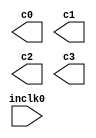
// megafunction wizard: %ALTPLL%VBB%
// GENERATION: STANDARD
// VERSION: WM1.0
// MODULE: altpll 

// ============================================================
// Megafunction Name(s):
// 			altpll
//
// Simulation Library Files(s):
// 			altera_mf
// ============================================================
// ************************************************************
// THIS IS A WIZARD-GENERATED FILE. DO NOT EDIT THIS FILE!
//
// 13.1.0 Build 162 10/23/2013 SJ Web Edition
// ************************************************************

//Copyright (C) 1991-2013 Altera Corporation
//Your use of Altera Corporation's design tools, logic functions 
//and other software and tools, and its AMPP partner logic 
//functions, and any output files from any of the foregoing 
//(including device programming or simulation files), and any 
//associated documentation or information are expressly subject 
//to the terms and conditions of the Altera Program License 
//Subscription Agreement, Altera MegaCore Function License 
//Agreement, or other applicable license agreement, including, 
//without limitation, that your use is for the sole purpose of 
//programming logic devices manufactured by Altera and sold by 
//Altera or its authorized distributors.  Please refer to the 
//applicable agreement for further details.

module pll (
	inclk0,
	c0,
	c1,
	c2,
	c3);

	input	  inclk0;
	output	  c0;
	output	  c1;
	output	  c2;
	output	  c3;

endmodule

// ============================================================
// CNX file retrieval info
// ============================================================
// Retrieval info: PRIVATE: ACTIVECLK_CHECK STRING "0"
// Retrieval info: PRIVATE: BANDWIDTH STRING "1.000"
// Retrieval info: PRIVATE: BANDWIDTH_FEATURE_ENABLED STRING "1"
// Retrieval info: PRIVATE: BANDWIDTH_FREQ_UNIT STRING "MHz"
// Retrieval info: PRIVATE: BANDWIDTH_PRESET STRING "Low"
// Retrieval info: PRIVATE: BANDWIDTH_USE_AUTO STRING "1"
// Retrieval info: PRIVATE: BANDWIDTH_USE_PRESET STRING "0"
// Retrieval info: PRIVATE: CLKBAD_SWITCHOVER_CHECK STRING "0"
// Retrieval info: PRIVATE: CLKLOSS_CHECK STRING "0"
// Retrieval info: PRIVATE: CLKSWITCH_CHECK STRING "0"
// Retrieval info: PRIVATE: CNX_NO_COMPENSATE_RADIO STRING "0"
// Retrieval info: PRIVATE: CREATE_CLKBAD_CHECK STRING "0"
// Retrieval info: PRIVATE: CREATE_INCLK1_CHECK STRING "0"
// Retrieval info: PRIVATE: CUR_DEDICATED_CLK STRING "c0"
// Retrieval info: PRIVATE: CUR_FBIN_CLK STRING "c0"
// Retrieval info: PRIVATE: DEVICE_SPEED_GRADE STRING "8"
// Retrieval info: PRIVATE: DIV_FACTOR0 NUMERIC "1"
// Retrieval info: PRIVATE: DIV_FACTOR1 NUMERIC "1"
// Retrieval info: PRIVATE: DIV_FACTOR2 NUMERIC "1"
// Retrieval info: PRIVATE: DIV_FACTOR3 NUMERIC "1"
// Retrieval info: PRIVATE: DUTY_CYCLE0 STRING "50.00000000"
// Retrieval info: PRIVATE: DUTY_CYCLE1 STRING "50.00000000"
// Retrieval info: PRIVATE: DUTY_CYCLE2 STRING "50.00000000"
// Retrieval info: PRIVATE: DUTY_CYCLE3 STRING "50.00000000"
// Retrieval info: PRIVATE: EFF_OUTPUT_FREQ_VALUE0 STRING "48.000000"
// Retrieval info: PRIVATE: EFF_OUTPUT_FREQ_VALUE1 STRING "8.000000"
// Retrieval info: PRIVATE: EFF_OUTPUT_FREQ_VALUE2 STRING "192.000000"
// Retrieval info: PRIVATE: EFF_OUTPUT_FREQ_VALUE3 STRING "240.000000"
// Retrieval info: PRIVATE: EXPLICIT_SWITCHOVER_COUNTER STRING "0"
// Retrieval info: PRIVATE: EXT_FEEDBACK_RADIO STRING "0"
// Retrieval info: PRIVATE: GLOCKED_COUNTER_EDIT_CHANGED STRING "1"
// Retrieval info: PRIVATE: GLOCKED_FEATURE_ENABLED STRING "0"
// Retrieval info: PRIVATE: GLOCKED_MODE_CHECK STRING "0"
// Retrieval info: PRIVATE: GLOCK_COUNTER_EDIT NUMERIC "1048575"
// Retrieval info: PRIVATE: HAS_MANUAL_SWITCHOVER STRING "1"
// Retrieval info: PRIVATE: INCLK0_FREQ_EDIT STRING "24.000"
// Retrieval info: PRIVATE: INCLK0_FREQ_UNIT_COMBO STRING "MHz"
// Retrieval info: PRIVATE: INCLK1_FREQ_EDIT STRING "100.000"
// Retrieval info: PRIVATE: INCLK1_FREQ_EDIT_CHANGED STRING "1"
// Retrieval info: PRIVATE: INCLK1_FREQ_UNIT_CHANGED STRING "1"
// Retrieval info: PRIVATE: INCLK1_FREQ_UNIT_COMBO STRING "MHz"
// Retrieval info: PRIVATE: INTENDED_DEVICE_FAMILY STRING "Cyclone III"
// Retrieval info: PRIVATE: INT_FEEDBACK__MODE_RADIO STRING "1"
// Retrieval info: PRIVATE: LOCKED_OUTPUT_CHECK STRING "0"
// Retrieval info: PRIVATE: LONG_SCAN_RADIO STRING "1"
// Retrieval info: PRIVATE: LVDS_MODE_DATA_RATE STRING "Not Available"
// Retrieval info: PRIVATE: LVDS_MODE_DATA_RATE_DIRTY NUMERIC "0"
// Retrieval info: PRIVATE: LVDS_PHASE_SHIFT_UNIT0 STRING "deg"
// Retrieval info: PRIVATE: LVDS_PHASE_SHIFT_UNIT1 STRING "ps"
// Retrieval info: PRIVATE: LVDS_PHASE_SHIFT_UNIT2 STRING "ps"
// Retrieval info: PRIVATE: LVDS_PHASE_SHIFT_UNIT3 STRING "ps"
// Retrieval info: PRIVATE: MIG_DEVICE_SPEED_GRADE STRING "Any"
// Retrieval info: PRIVATE: MIRROR_CLK0 STRING "0"
// Retrieval info: PRIVATE: MIRROR_CLK1 STRING "0"
// Retrieval info: PRIVATE: MIRROR_CLK2 STRING "0"
// Retrieval info: PRIVATE: MIRROR_CLK3 STRING "0"
// Retrieval info: PRIVATE: MULT_FACTOR0 NUMERIC "1"
// Retrieval info: PRIVATE: MULT_FACTOR1 NUMERIC "1"
// Retrieval info: PRIVATE: MULT_FACTOR2 NUMERIC "1"
// Retrieval info: PRIVATE: MULT_FACTOR3 NUMERIC "1"
// Retrieval info: PRIVATE: NORMAL_MODE_RADIO STRING "1"
// Retrieval info: PRIVATE: OUTPUT_FREQ0 STRING "48.00000000"
// Retrieval info: PRIVATE: OUTPUT_FREQ1 STRING "8.00000000"
// Retrieval info: PRIVATE: OUTPUT_FREQ2 STRING "192.00000000"
// Retrieval info: PRIVATE: OUTPUT_FREQ3 STRING "240.00000000"
// Retrieval info: PRIVATE: OUTPUT_FREQ_MODE0 STRING "1"
// Retrieval info: PRIVATE: OUTPUT_FREQ_MODE1 STRING "1"
// Retrieval info: PRIVATE: OUTPUT_FREQ_MODE2 STRING "1"
// Retrieval info: PRIVATE: OUTPUT_FREQ_MODE3 STRING "1"
// Retrieval info: PRIVATE: OUTPUT_FREQ_UNIT0 STRING "MHz"
// Retrieval info: PRIVATE: OUTPUT_FREQ_UNIT1 STRING "MHz"
// Retrieval info: PRIVATE: OUTPUT_FREQ_UNIT2 STRING "MHz"
// Retrieval info: PRIVATE: OUTPUT_FREQ_UNIT3 STRING "MHz"
// Retrieval info: PRIVATE: PHASE_RECONFIG_FEATURE_ENABLED STRING "1"
// Retrieval info: PRIVATE: PHASE_RECONFIG_INPUTS_CHECK STRING "0"
// Retrieval info: PRIVATE: PHASE_SHIFT0 STRING "0.00000000"
// Retrieval info: PRIVATE: PHASE_SHIFT1 STRING "0.00000000"
// Retrieval info: PRIVATE: PHASE_SHIFT2 STRING "0.00000000"
// Retrieval info: PRIVATE: PHASE_SHIFT3 STRING "0.00000000"
// Retrieval info: PRIVATE: PHASE_SHIFT_STEP_ENABLED_CHECK STRING "0"
// Retrieval info: PRIVATE: PHASE_SHIFT_UNIT0 STRING "deg"
// Retrieval info: PRIVATE: PHASE_SHIFT_UNIT1 STRING "ps"
// Retrieval info: PRIVATE: PHASE_SHIFT_UNIT2 STRING "ps"
// Retrieval info: PRIVATE: PHASE_SHIFT_UNIT3 STRING "ps"
// Retrieval info: PRIVATE: PLL_ADVANCED_PARAM_CHECK STRING "0"
// Retrieval info: PRIVATE: PLL_ARESET_CHECK STRING "0"
// Retrieval info: PRIVATE: PLL_AUTOPLL_CHECK NUMERIC "1"
// Retrieval info: PRIVATE: PLL_ENHPLL_CHECK NUMERIC "0"
// Retrieval info: PRIVATE: PLL_FASTPLL_CHECK NUMERIC "0"
// Retrieval info: PRIVATE: PLL_FBMIMIC_CHECK STRING "0"
// Retrieval info: PRIVATE: PLL_LVDS_PLL_CHECK NUMERIC "0"
// Retrieval info: PRIVATE: PLL_PFDENA_CHECK STRING "0"
// Retrieval info: PRIVATE: PLL_TARGET_HARCOPY_CHECK NUMERIC "0"
// Retrieval info: PRIVATE: PRIMARY_CLK_COMBO STRING "inclk0"
// Retrieval info: PRIVATE: RECONFIG_FILE STRING "pll.mif"
// Retrieval info: PRIVATE: SACN_INPUTS_CHECK STRING "0"
// Retrieval info: PRIVATE: SCAN_FEATURE_ENABLED STRING "1"
// Retrieval info: PRIVATE: SELF_RESET_LOCK_LOSS STRING "0"
// Retrieval info: PRIVATE: SHORT_SCAN_RADIO STRING "0"
// Retrieval info: PRIVATE: SPREAD_FEATURE_ENABLED STRING "0"
// Retrieval info: PRIVATE: SPREAD_FREQ STRING "50.000"
// Retrieval info: PRIVATE: SPREAD_FREQ_UNIT STRING "KHz"
// Retrieval info: PRIVATE: SPREAD_PERCENT STRING "0.500"
// Retrieval info: PRIVATE: SPREAD_USE STRING "0"
// Retrieval info: PRIVATE: SRC_SYNCH_COMP_RADIO STRING "0"
// Retrieval info: PRIVATE: STICKY_CLK0 STRING "1"
// Retrieval info: PRIVATE: STICKY_CLK1 STRING "1"
// Retrieval info: PRIVATE: STICKY_CLK2 STRING "1"
// Retrieval info: PRIVATE: STICKY_CLK3 STRING "1"
// Retrieval info: PRIVATE: SWITCHOVER_COUNT_EDIT NUMERIC "1"
// Retrieval info: PRIVATE: SWITCHOVER_FEATURE_ENABLED STRING "1"
// Retrieval info: PRIVATE: SYNTH_WRAPPER_GEN_POSTFIX STRING "0"
// Retrieval info: PRIVATE: USE_CLK0 STRING "1"
// Retrieval info: PRIVATE: USE_CLK1 STRING "1"
// Retrieval info: PRIVATE: USE_CLK2 STRING "1"
// Retrieval info: PRIVATE: USE_CLK3 STRING "1"
// Retrieval info: PRIVATE: USE_CLKENA0 STRING "0"
// Retrieval info: PRIVATE: USE_CLKENA1 STRING "0"
// Retrieval info: PRIVATE: USE_CLKENA2 STRING "0"
// Retrieval info: PRIVATE: USE_CLKENA3 STRING "0"
// Retrieval info: PRIVATE: USE_MIL_SPEED_GRADE NUMERIC "0"
// Retrieval info: PRIVATE: ZERO_DELAY_RADIO STRING "0"
// Retrieval info: LIBRARY: altera_mf altera_mf.altera_mf_components.all
// Retrieval info: CONSTANT: BANDWIDTH_TYPE STRING "AUTO"
// Retrieval info: CONSTANT: CLK0_DIVIDE_BY NUMERIC "1"
// Retrieval info: CONSTANT: CLK0_DUTY_CYCLE NUMERIC "50"
// Retrieval info: CONSTANT: CLK0_MULTIPLY_BY NUMERIC "2"
// Retrieval info: CONSTANT: CLK0_PHASE_SHIFT STRING "0"
// Retrieval info: CONSTANT: CLK1_DIVIDE_BY NUMERIC "3"
// Retrieval info: CONSTANT: CLK1_DUTY_CYCLE NUMERIC "50"
// Retrieval info: CONSTANT: CLK1_MULTIPLY_BY NUMERIC "1"
// Retrieval info: CONSTANT: CLK1_PHASE_SHIFT STRING "0"
// Retrieval info: CONSTANT: CLK2_DIVIDE_BY NUMERIC "1"
// Retrieval info: CONSTANT: CLK2_DUTY_CYCLE NUMERIC "50"
// Retrieval info: CONSTANT: CLK2_MULTIPLY_BY NUMERIC "8"
// Retrieval info: CONSTANT: CLK2_PHASE_SHIFT STRING "0"
// Retrieval info: CONSTANT: CLK3_DIVIDE_BY NUMERIC "1"
// Retrieval info: CONSTANT: CLK3_DUTY_CYCLE NUMERIC "50"
// Retrieval info: CONSTANT: CLK3_MULTIPLY_BY NUMERIC "10"
// Retrieval info: CONSTANT: CLK3_PHASE_SHIFT STRING "0"
// Retrieval info: CONSTANT: COMPENSATE_CLOCK STRING "CLK0"
// Retrieval info: CONSTANT: INCLK0_INPUT_FREQUENCY NUMERIC "41666"
// Retrieval info: CONSTANT: INTENDED_DEVICE_FAMILY STRING "Cyclone III"
// Retrieval info: CONSTANT: LPM_TYPE STRING "altpll"
// Retrieval info: CONSTANT: OPERATION_MODE STRING "NORMAL"
// Retrieval info: CONSTANT: PLL_TYPE STRING "AUTO"
// Retrieval info: CONSTANT: PORT_ACTIVECLOCK STRING "PORT_UNUSED"
// Retrieval info: CONSTANT: PORT_ARESET STRING "PORT_UNUSED"
// Retrieval info: CONSTANT: PORT_CLKBAD0 STRING "PORT_UNUSED"
// Retrieval info: CONSTANT: PORT_CLKBAD1 STRING "PORT_UNUSED"
// Retrieval info: CONSTANT: PORT_CLKLOSS STRING "PORT_UNUSED"
// Retrieval info: CONSTANT: PORT_CLKSWITCH STRING "PORT_UNUSED"
// Retrieval info: CONSTANT: PORT_CONFIGUPDATE STRING "PORT_UNUSED"
// Retrieval info: CONSTANT: PORT_FBIN STRING "PORT_UNUSED"
// Retrieval info: CONSTANT: PORT_INCLK0 STRING "PORT_USED"
// Retrieval info: CONSTANT: PORT_INCLK1 STRING "PORT_UNUSED"
// Retrieval info: CONSTANT: PORT_LOCKED STRING "PORT_UNUSED"
// Retrieval info: CONSTANT: PORT_PFDENA STRING "PORT_UNUSED"
// Retrieval info: CONSTANT: PORT_PHASECOUNTERSELECT STRING "PORT_UNUSED"
// Retrieval info: CONSTANT: PORT_PHASEDONE STRING "PORT_UNUSED"
// Retrieval info: CONSTANT: PORT_PHASESTEP STRING "PORT_UNUSED"
// Retrieval info: CONSTANT: PORT_PHASEUPDOWN STRING "PORT_UNUSED"
// Retrieval info: CONSTANT: PORT_PLLENA STRING "PORT_UNUSED"
// Retrieval info: CONSTANT: PORT_SCANACLR STRING "PORT_UNUSED"
// Retrieval info: CONSTANT: PORT_SCANCLK STRING "PORT_UNUSED"
// Retrieval info: CONSTANT: PORT_SCANCLKENA STRING "PORT_UNUSED"
// Retrieval info: CONSTANT: PORT_SCANDATA STRING "PORT_UNUSED"
// Retrieval info: CONSTANT: PORT_SCANDATAOUT STRING "PORT_UNUSED"
// Retrieval info: CONSTANT: PORT_SCANDONE STRING "PORT_UNUSED"
// Retrieval info: CONSTANT: PORT_SCANREAD STRING "PORT_UNUSED"
// Retrieval info: CONSTANT: PORT_SCANWRITE STRING "PORT_UNUSED"
// Retrieval info: CONSTANT: PORT_clk0 STRING "PORT_USED"
// Retrieval info: CONSTANT: PORT_clk1 STRING "PORT_USED"
// Retrieval info: CONSTANT: PORT_clk2 STRING "PORT_USED"
// Retrieval info: CONSTANT: PORT_clk3 STRING "PORT_USED"
// Retrieval info: CONSTANT: PORT_clk4 STRING "PORT_UNUSED"
// Retrieval info: CONSTANT: PORT_clk5 STRING "PORT_UNUSED"
// Retrieval info: CONSTANT: PORT_clkena0 STRING "PORT_UNUSED"
// Retrieval info: CONSTANT: PORT_clkena1 STRING "PORT_UNUSED"
// Retrieval info: CONSTANT: PORT_clkena2 STRING "PORT_UNUSED"
// Retrieval info: CONSTANT: PORT_clkena3 STRING "PORT_UNUSED"
// Retrieval info: CONSTANT: PORT_clkena4 STRING "PORT_UNUSED"
// Retrieval info: CONSTANT: PORT_clkena5 STRING "PORT_UNUSED"
// Retrieval info: CONSTANT: PORT_extclk0 STRING "PORT_UNUSED"
// Retrieval info: CONSTANT: PORT_extclk1 STRING "PORT_UNUSED"
// Retrieval info: CONSTANT: PORT_extclk2 STRING "PORT_UNUSED"
// Retrieval info: CONSTANT: PORT_extclk3 STRING "PORT_UNUSED"
// Retrieval info: CONSTANT: WIDTH_CLOCK NUMERIC "5"
// Retrieval info: USED_PORT: @clk 0 0 5 0 OUTPUT_CLK_EXT VCC "@clk[4..0]"
// Retrieval info: USED_PORT: c0 0 0 0 0 OUTPUT_CLK_EXT VCC "c0"
// Retrieval info: USED_PORT: c1 0 0 0 0 OUTPUT_CLK_EXT VCC "c1"
// Retrieval info: USED_PORT: c2 0 0 0 0 OUTPUT_CLK_EXT VCC "c2"
// Retrieval info: USED_PORT: c3 0 0 0 0 OUTPUT_CLK_EXT VCC "c3"
// Retrieval info: USED_PORT: inclk0 0 0 0 0 INPUT_CLK_EXT GND "inclk0"
// Retrieval info: CONNECT: @inclk 0 0 1 1 GND 0 0 0 0
// Retrieval info: CONNECT: @inclk 0 0 1 0 inclk0 0 0 0 0
// Retrieval info: CONNECT: c0 0 0 0 0 @clk 0 0 1 0
// Retrieval info: CONNECT: c1 0 0 0 0 @clk 0 0 1 1
// Retrieval info: CONNECT: c2 0 0 0 0 @clk 0 0 1 2
// Retrieval info: CONNECT: c3 0 0 0 0 @clk 0 0 1 3
// Retrieval info: GEN_FILE: TYPE_NORMAL pll.v TRUE
// Retrieval info: GEN_FILE: TYPE_NORMAL pll.ppf TRUE
// Retrieval info: GEN_FILE: TYPE_NORMAL pll.inc FALSE
// Retrieval info: GEN_FILE: TYPE_NORMAL pll.cmp FALSE
// Retrieval info: GEN_FILE: TYPE_NORMAL pll.bsf FALSE
// Retrieval info: GEN_FILE: TYPE_NORMAL pll_inst.v FALSE
// Retrieval info: GEN_FILE: TYPE_NORMAL pll_bb.v TRUE
// Retrieval info: LIB_FILE: altera_mf
// Retrieval info: CBX_MODULE_PREFIX: ON